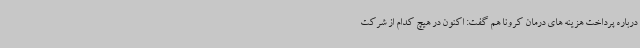
درباره پرداخت هزینه های درمان کرونا هم گفت: اکنون در هیچ کدام از شرکت